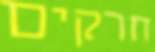
חרקים